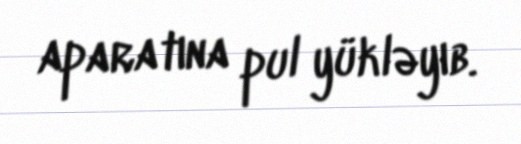
aparatına pul yükləyıb.